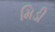
મિડી